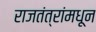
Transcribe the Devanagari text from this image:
राजतंत्रांमधून